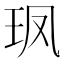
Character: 𮴇